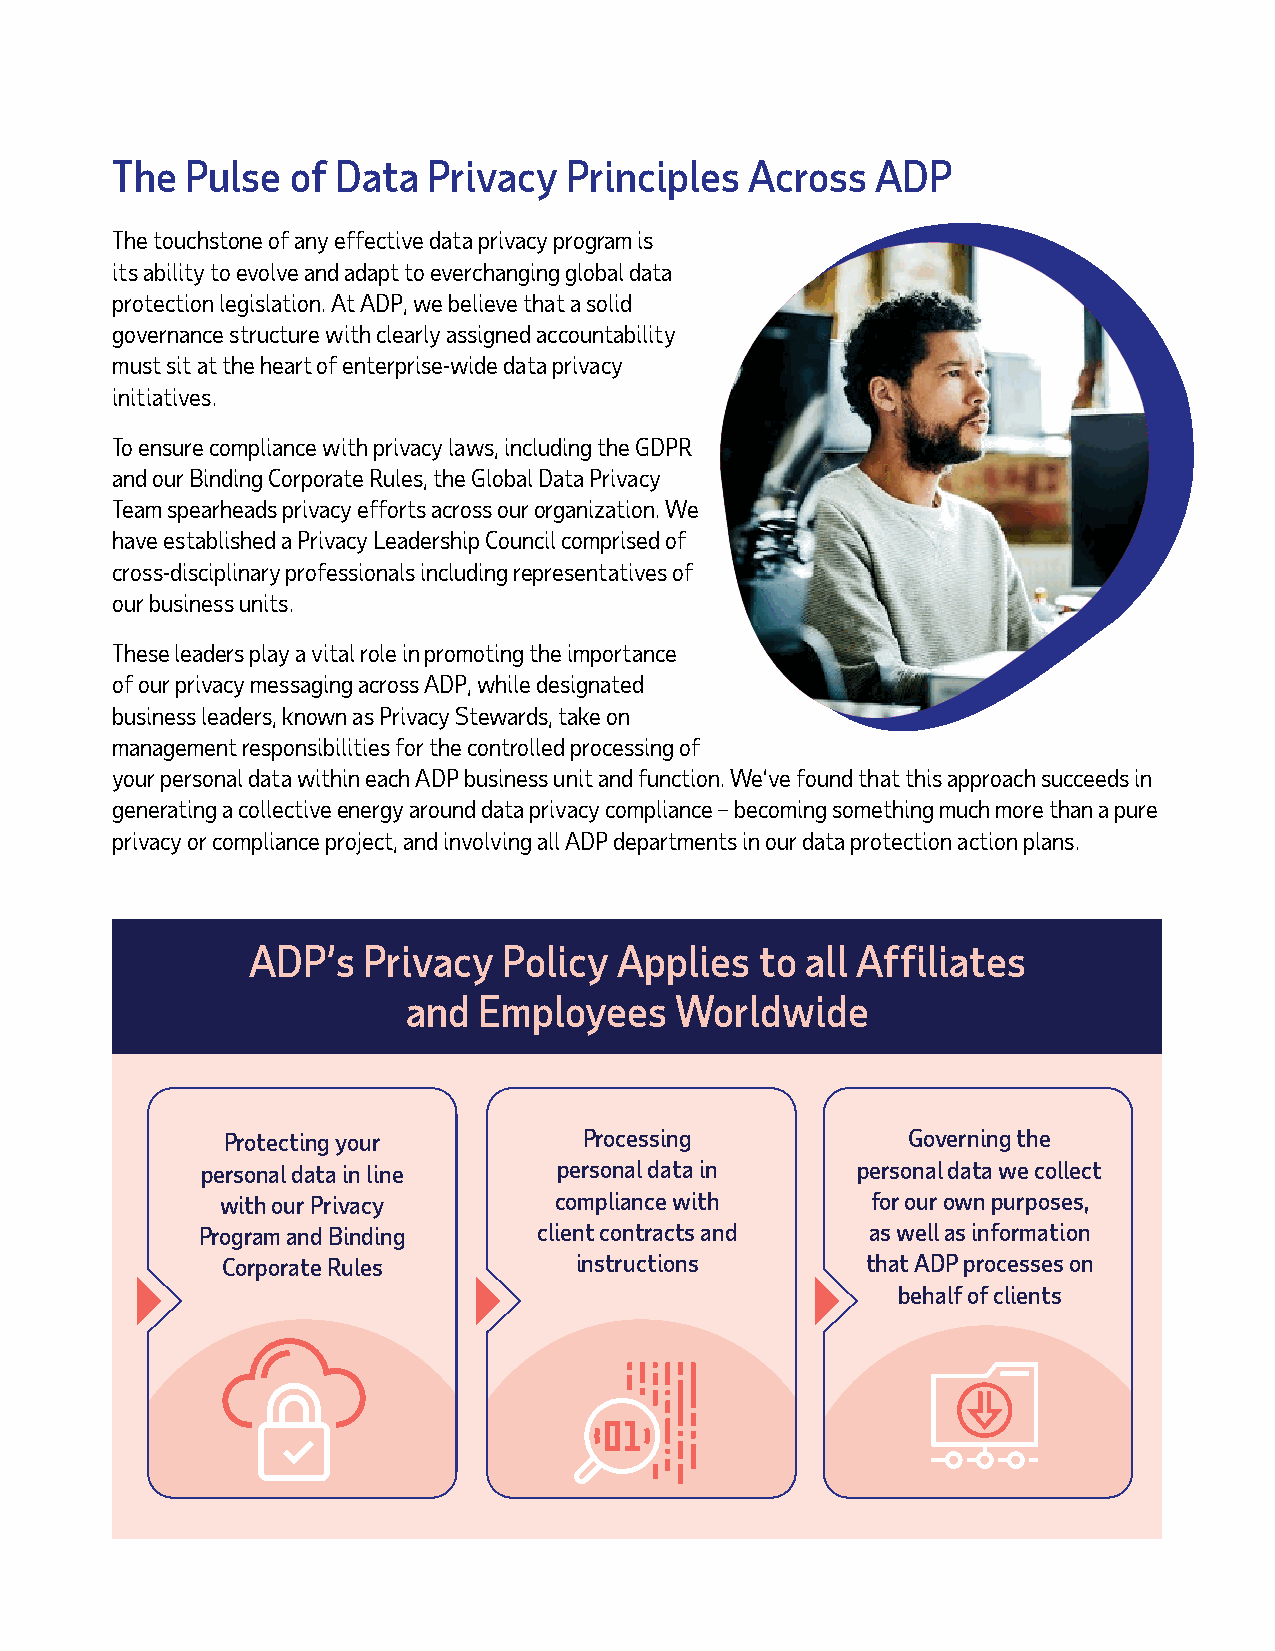
The  Pulse  of Data  Privacy   Principles  Across  ADP
 The touchstone of any effective data privacy program is
 its ability to evolve and adapt to everchanging global data
 protection legislation. At ADP, we believe that a solid
 governance structure with clearly assigned accountability
 must sit at the heart of enterprise-wide data privacy
 initiatives.
 To ensure compliance with privacy laws, including the GDPR
 and our Binding Corporate Rules, the Global Data Privacy
 Team spearheads privacy efforts across our organization. We
 have established a Privacy Leadership Council comprised of
 cross-disciplinary professionals including representatives of
 our business units.
 These leaders play a vital role in promoting the importance
 of our privacy messaging across ADP, while designated
 business leaders, known as Privacy Stewards, take on
 management responsibilities for the controlled processing of
 your personal data within each ADP business unit and function. We’ve found that this approach succeeds in
 generating a collective energy around data privacy compliance – becoming something much more than a pure
 privacy or compliance project, and involving all ADP departments in our data protection action plans.
 ADP’s   Privacy  Policy  Applies  to all Affiliates
 and  Employees    Worldwide
 Protecting your         Processing           Governing the
 personal data in line   personal data in    personal data we collect
 with our Privacy      compliance with      for our own purposes,
 Program and Binding    client contracts and  as well as information
 Corporate Rules        instructions       that ADP processes on
 behalf of clients